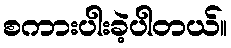
စကားပါးခဲ့ပါတယ်။